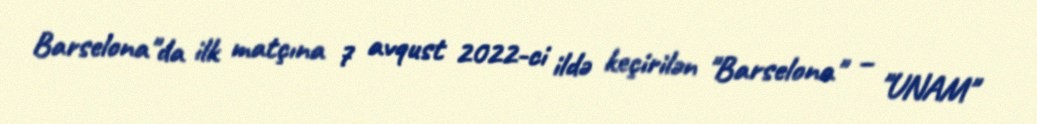
Barselona"da ilk matçına 7 avqust 2022-ci ildə keçirilən "Barselona" – "UNAM"